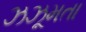
ઝઝૂમતા